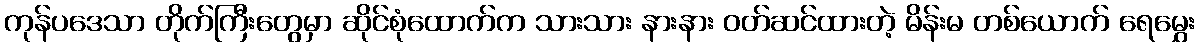
ကုန်ပဒေသာ တိုက်ကြီးတွေမှာ ဆိုင်စုံထောက်က သားသား နားနား ဝတ်ဆင်ထားတဲ့ မိန်းမ တစ်ယောက် ရေမွှေး